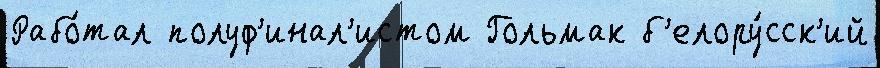
Рабо́тал полуф'инал'истом Гольмак б'елору́сск'ий